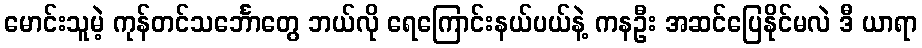
မောင်းသူမဲ့ ကုန်တင်သင်္ဘောတွေ ဘယ်လို ရေကြောင်းနယ်ပယ်နဲ့ ကနဦး အဆင်ပြေနိုင်မလဲ ဒီ ယာရာ